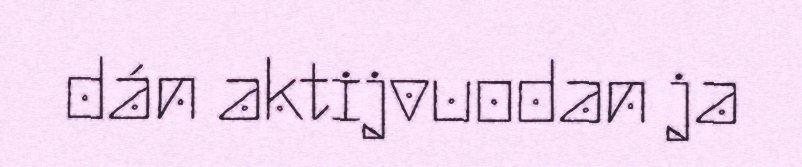
dán aktijvuodan ja